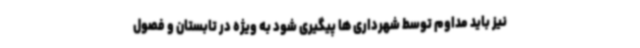
نیز باید مداوم توسط شهرداری ها پیگیری شود به ویژه در تابستان و فصول